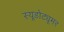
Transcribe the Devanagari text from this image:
स्यूडोट्यूमर